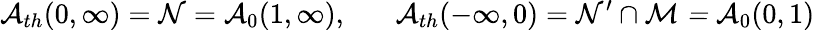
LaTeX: \mathcal{A}_{th}(0,\infty)=\mathcal{N}=\mathcal{A}_{0}(1,\infty),\, \, \, \, \, \, \, \, \, \, \mathcal{A}_{th}(-\infty,0)=\mathcal{N}^{\prime}\cap\mathcal{M=A}_{0}(0,1)